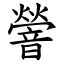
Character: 䪯